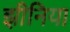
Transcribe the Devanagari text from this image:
झीनिया